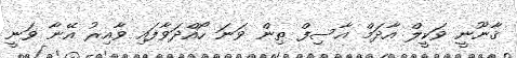
ޤާނޫނީ ވަކީލް އާދަމް އާސިފް ތިން ވަނަ ހޯއްދަވާފައި ވާއިރު އޭނާ ވަނީ